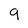
Character: 9